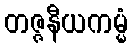
တဇ္ဇနီယကမ္မံ